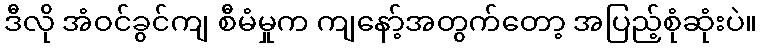
ဒီလို အံဝင်ခွင်ကျ စီမံမှုက ကျနော့်အတွက်တော့ အပြည့်စုံဆုံးပဲ။